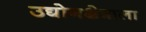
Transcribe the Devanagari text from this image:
उद्योगक्षेत्राला